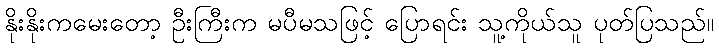
နိုးနိုးကမေးတော့ ဦးကြီးက မပီမသဖြင့် ပြောရင်း သူ့ကိုယ်သူ ပုတ်ပြသည်။